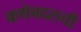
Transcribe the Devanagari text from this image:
कथेबद्दलची